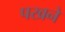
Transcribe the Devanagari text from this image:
पखने